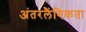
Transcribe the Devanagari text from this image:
अंतरलैंगिकता